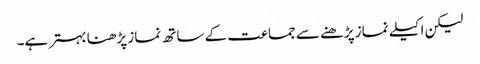
لیکن اکیلے نماز پڑھنے سے جماعت کے ساتھ نماز پڑھنا بہتر ہے۔